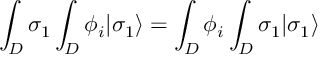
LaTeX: \int _ { D } \sigma _ { 1 } \int _ { D } \phi _ { i } | \sigma _ { 1 } \rangle = \int _ { D } \phi _ { i } \int _ { D } \sigma _ { 1 } | \sigma _ { 1 } \rangle \,